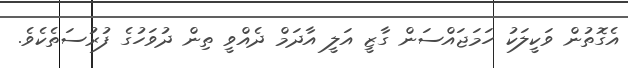
އެގޮތުން ވަކީލަކު ހަމަޖައްސަން ގާޒީ އަލީ އާދަމް ދެއްވީ ތިން ދުވަހުގެ ފުރުސަތެކެވެ.